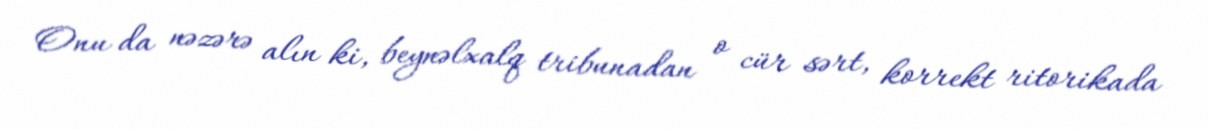
Onu da nəzərə alın ki, beynəlxalq tribunadan o cür sərt, korrekt ritorikada